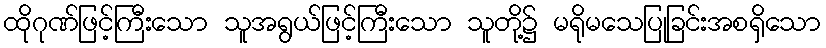
ထိုဂုဏ်ဖြင့်ကြီးသော သူအရွယ်ဖြင့်ကြီးသော သူတို့၌ မရိုမသေပြုခြင်းအစရှိသော